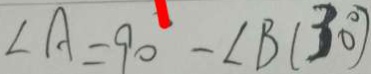
\angle A = 9 0 ^ { \circ } - \angle B ( 3 0 ^ { \circ } )